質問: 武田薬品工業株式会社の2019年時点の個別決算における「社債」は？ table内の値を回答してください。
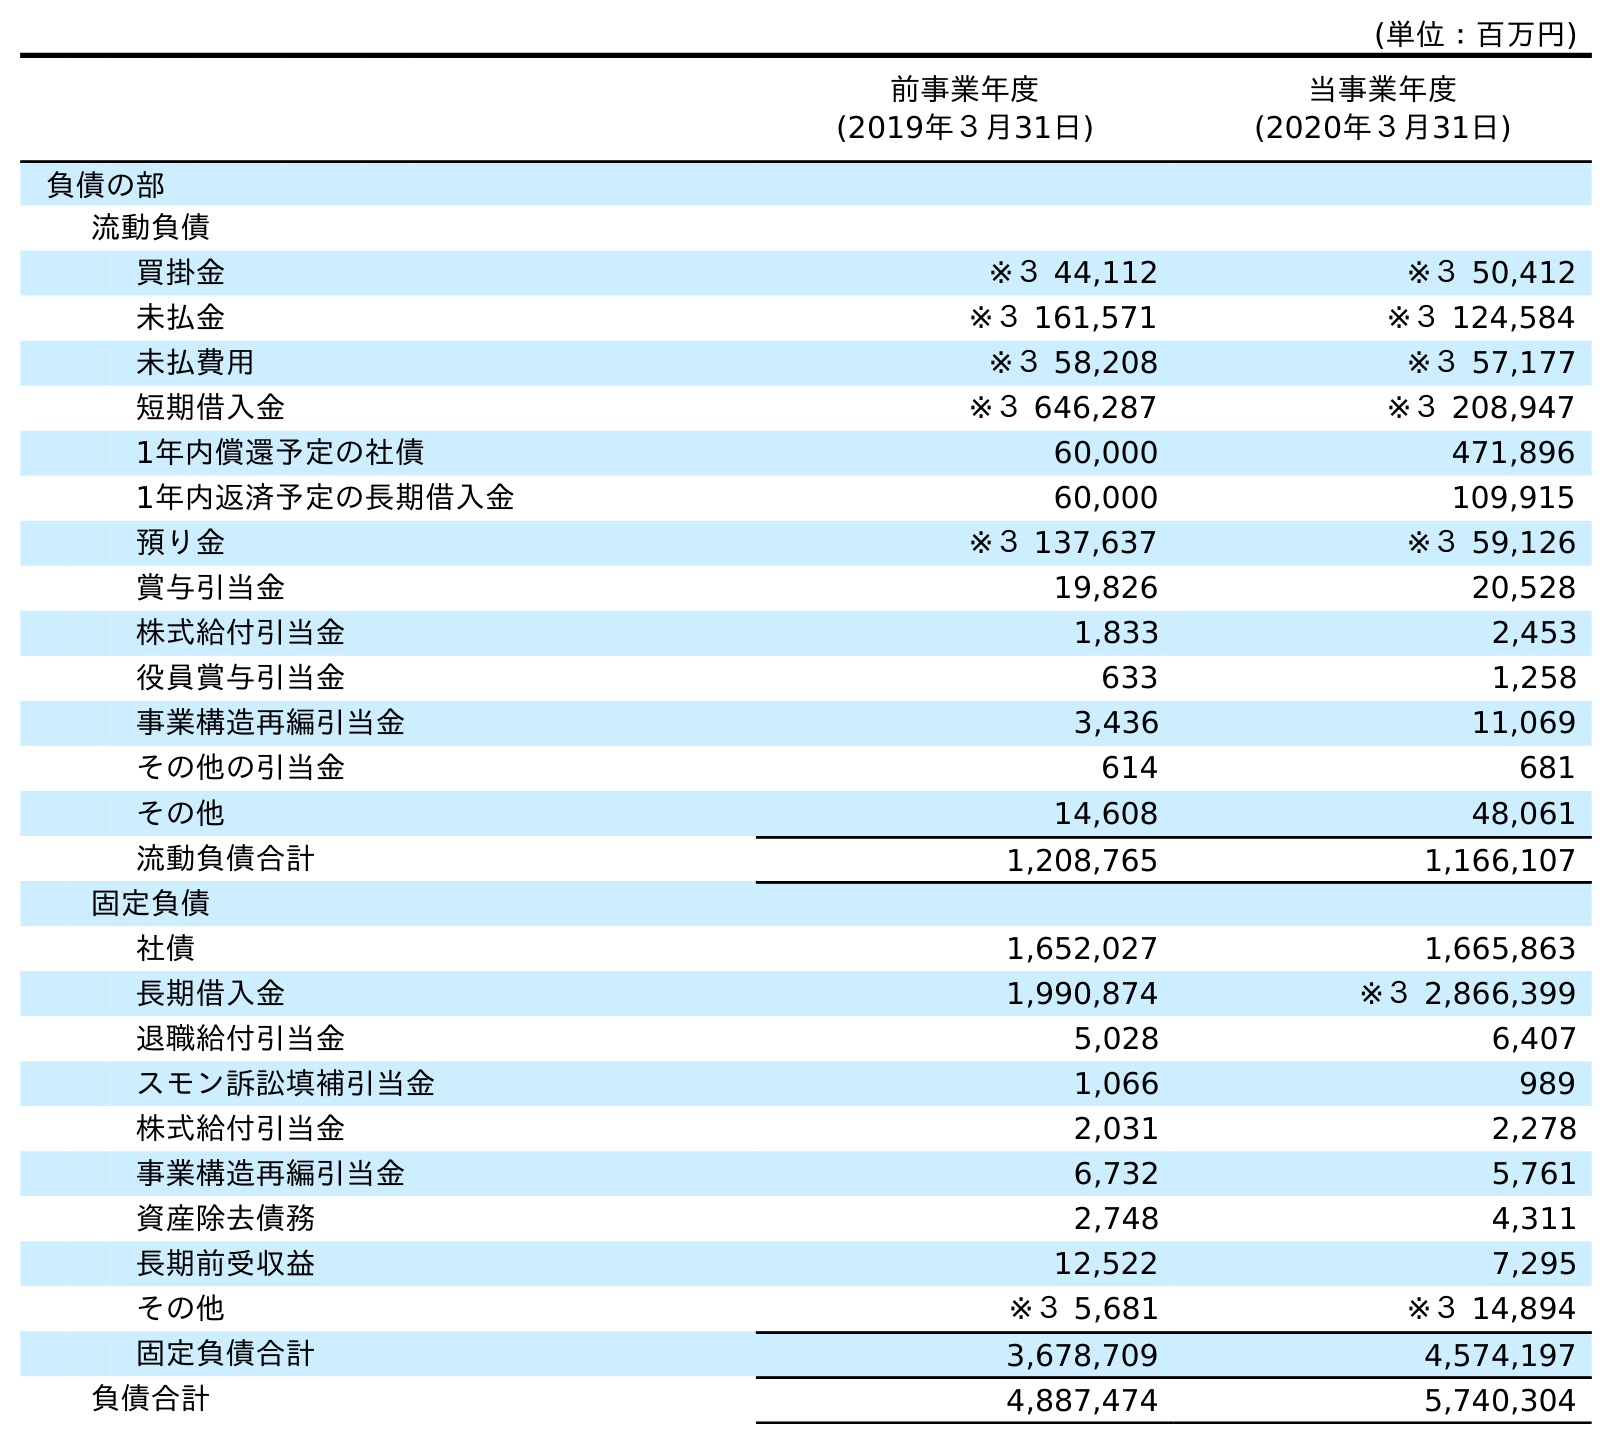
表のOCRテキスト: (単位：百万円) 前事業年度 (2019年３月31日) 当事業年度 (2020年３月31日) 負債の部 流動負債 買掛金 ※３ 44,112 ※３ 50,412 未払金 ※３ 161,571 ※３ 124,584 未払費用 ※３ 58,208 ※３ 57,177 短期借入金 ※３ 646,287 ※３ 208,947 1年内償還予定の社債 60,000 471,896 1年内返済予定の長期借入金 60,000 109,915 預り金 ※３ 137,637 ※３ 59,126 賞与引当金 19,826 20,528 株式給付引当金 1,833 2,453 役員賞与引当金 633 1,258 事業構造再編引当金 3,436 11,069 その他の引当金 614 681 その他 14,608 48,061 流動負債合計 1,208,765 1,166,107 固定負債 社債 1,652,027 1,665,863 長期借入金 1,990,874 ※３ 2,866,399 退職給付引当金 5,028 6,407 スモン訴訟填補引当金 1,066 989 株式給付引当金 2,031 2,278 事業構造再編引当金 6,732 5,761 資産除去債務 2,748 4,311 長期前受収益 12,522 7,295 その他 ※３ 5,681 ※３ 14,894 固定負債合計 3,678,709 4,574,197 負債合計 4,887,474 5,740,304
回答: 1,652,027